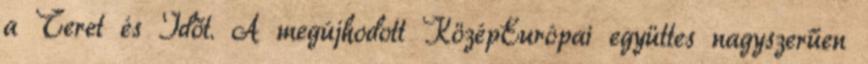
a Teret és Időt. A megújhodott KözépEurópai együttes nagyszerűen